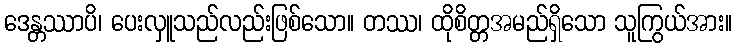
ဒေန္တဿာပိ၊ ပေးလှူသည်လည်းဖြစ်သော။ တဿ၊ ထိုစိတ္တအမည်ရှိသော သူကြွယ်အား။